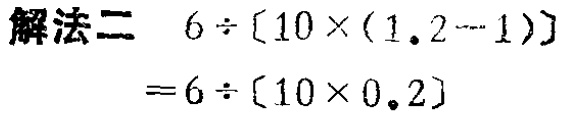
解法二 \(6\div[10\times(1.2 - 1)] = 6\div[10\times0.2]\)